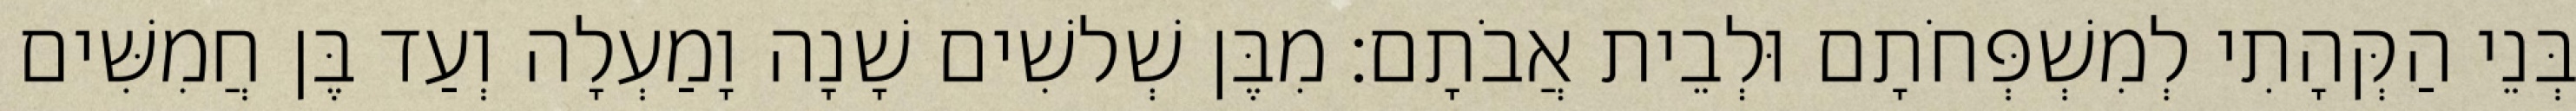
בְּנֵי הַקְּהָתִי לְמִשְׁפְּחֹתָם וּלְבֵית אֲבֹתָם׃ מִבֶּן שְׁלשִׁים שָׁנָה וָמַעְלָה וְעַד בֶּן חֲמִשִּׁים